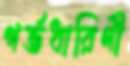
গর্ভধারিণী